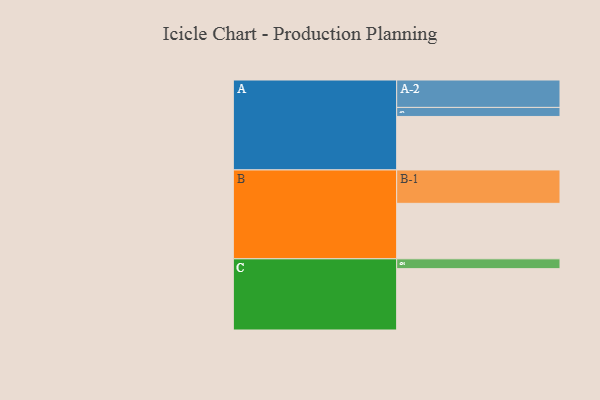
{"axis": {"x": "Segment", "y": "Value"}, "legend": ["", "A", "B", "C"], "data": [{"x": "A", "y": 402, "type": ""}, {"x": "B", "y": 417, "type": ""}, {"x": "C", "y": 461, "type": ""}, {"x": "A-1", "y": 68, "type": "A"}, {"x": "A-2", "y": 206, "type": "A"}, {"x": "B-1", "y": 251, "type": "B"}, {"x": "C-1", "y": 74, "type": "C"}]}